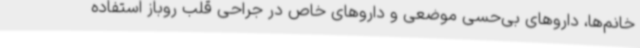
خانم‌ها، داروهای بی‌حسی موضعی و داروهای خاص در جراحی قلب روباز استفاده